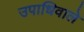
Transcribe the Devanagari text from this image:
उपाधिवाले